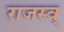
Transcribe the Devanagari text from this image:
राजस्व्